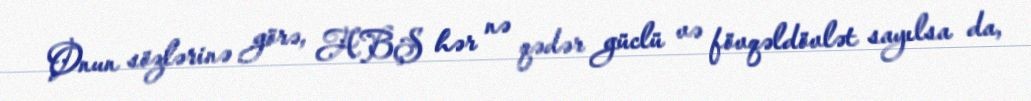
Onun sözlərinə görə, ABŞ hər nə qədər güclü və fövqəldövlət sayılsa da,